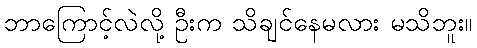
ဘာကြောင့်လဲလို့ ဦးက သိချင်နေမလား မသိဘူး။